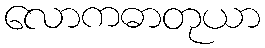
လောကဓာတုယာ